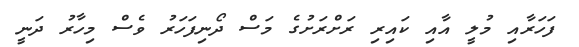
ފަހަރާއި މުލީ އާއި ކައިރި ރަށްރަށުގެ މަސް ދޯނިފަހަރު ވެސް މިހާރު ދަނީ